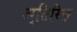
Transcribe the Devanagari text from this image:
अ्तिरिक्त